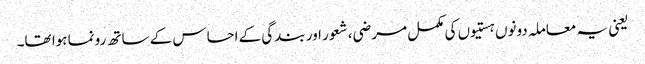
یعنی یہ معاملہ دونوں ہستیوں کی مکمل مرضی، شعور اور بندگی کے احساس کے ساتھ رونما ہوا تھا۔